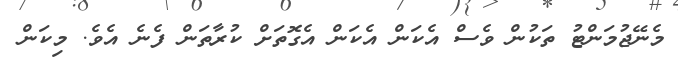
މެނޭޖުމަންޓު ތަކުން ވެސް އެކަން އެކަން އެގޮތަށް ކުރާތަން ފެނެ އެވެ. މިކަން